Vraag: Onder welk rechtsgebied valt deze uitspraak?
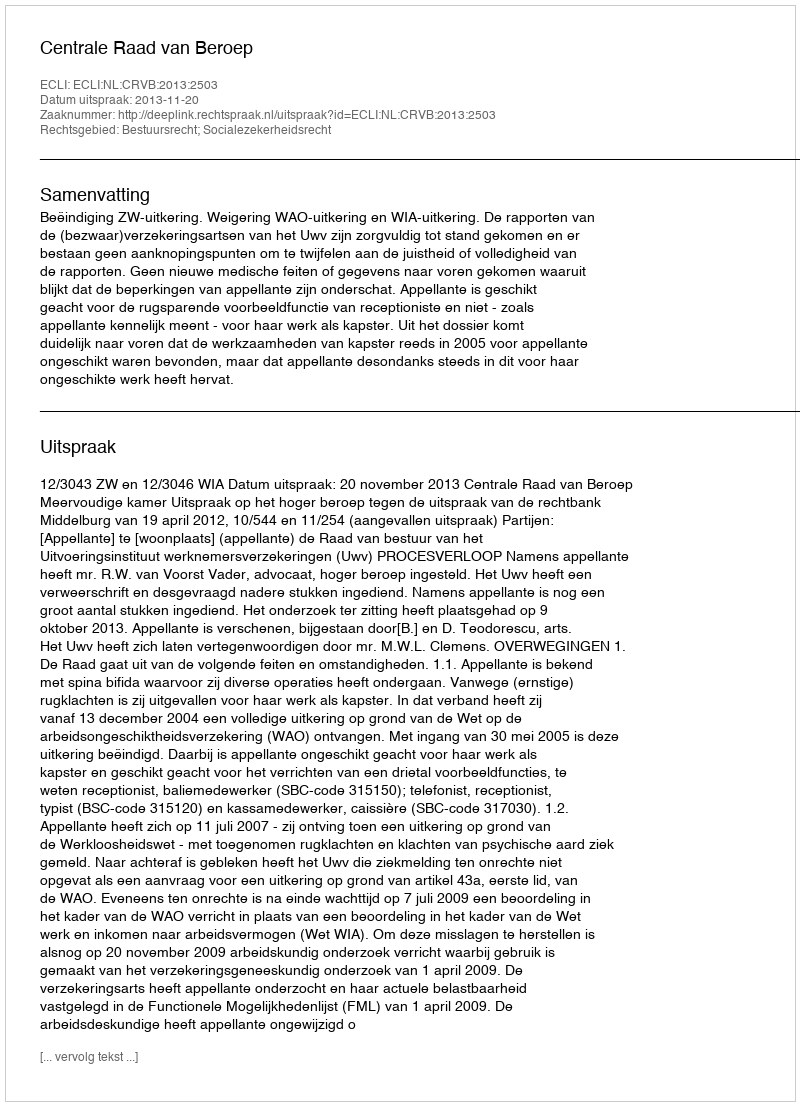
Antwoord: Bestuursrecht; Socialezekerheidsrecht